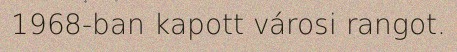
1968-ban kapott városi rangot.